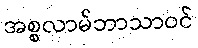
အစ္စလာမ်ဘာသာဝင်